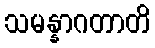
သမန္နာဂတာတိ